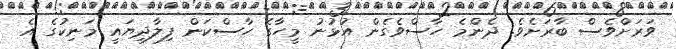
ވަރަށްވެސް ބާރަށެވެ. ދެންމެ ހާސްވެގެން އުޅުނު މީހާގެ ހާސްކަން ފިލާދިޔައީ މަނިކުގެ އެ